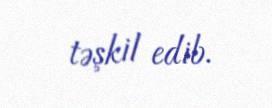
təşkil edib.